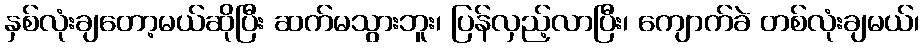
နှစ်လုံးချတော့မယ်ဆိုပြီး ဆက်မသွားဘူး၊ ပြန်လှည့်လာပြီး၊ ကျောက်ခဲ တစ်လုံးချမယ်၊